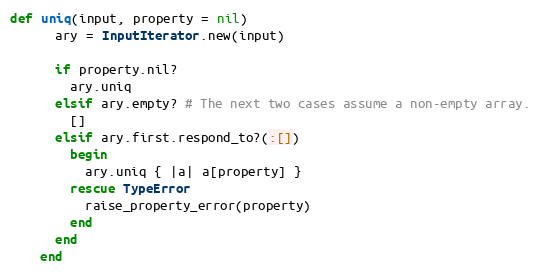
Language: Ruby
def uniq(input, property = nil)
      ary = InputIterator.new(input)

      if property.nil?
        ary.uniq
      elsif ary.empty? # The next two cases assume a non-empty array.
        []
      elsif ary.first.respond_to?(:[])
        begin
          ary.uniq { |a| a[property] }
        rescue TypeError
          raise_property_error(property)
        end
      end
    end